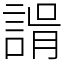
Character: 𧩑